Alphabetical list of drugs, medicines and other preparations free from, and containing, spirit compiled from the results of tests made by the customs houses at Calcutta, Bombay, and Madras
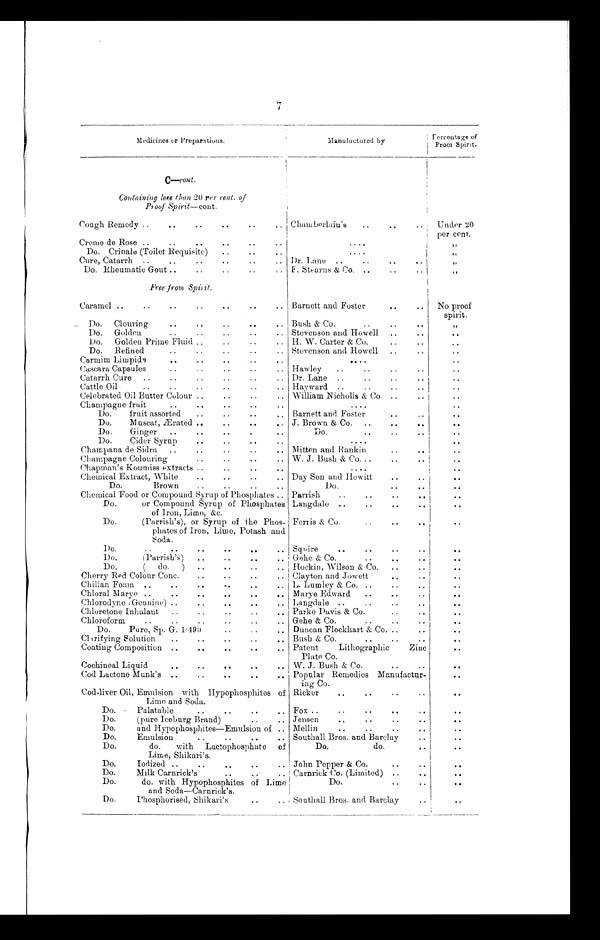
7
Medicines or Preparations.
Manufactured by
Percentage of
Proof Spirit.
C—cont.
Containing less than 20 per cent. of
Proof Spirit —cont.
Cough Remedy ..
• •
• • • • • •
Chamberlain's
..
..
Under 20
per cent.
Creme de Rose ..
..
• •
• •
. . .
,,
Do. Crinale (Toilet Requisite)
..
..
..
....
,,
Cure, Catarrh ..
..
..
..
..
Dr. Lane ..
..
,,
Do. Rheumatic Gout ..
..
..
..
.. F. Stearns & Co. ..
..
..
, ,
Free from Spirit .
Caramel ..
..
..
..
..
..
.. Barnett and Foster
..
..
No proof
spirit.
Do.
Clouring
..
..
..
..
.. Bush & Co.
..
..
. ,"
Do. Golden
..
..
..
.. Stevenson and Howell
..
. .
Do.
Golden Prime Fluid ..
..
..
.. H. W. Carter & Co.
..
..
Do.
Refined
..
..
..
..
.. Stevenson and Howell
..
..
Carmim Lim pide
..
..
..
..
..
..
Cascara Capsules
..
..
..
.. Hawley
..
..
..
..
..
Catarrh Cure
..
..
..
..
..
.. Dr. Lane ..
..
..
.. ..
Cattle Oil
..
..
..
.. ..
Hayward ..
..
..
..
..
Celebrated Oil Butter Colour ..
..
.. William Nicholls & Co. ..
..
..
Ch am p a g ne fruit
..
.. . .
. .
. .
. . .
. .
Do.
fruit assorted
..
..
..
.. Barnett and Foster
..
.. ..
Do.
Muscat, Ærated ..
..
..
.. J . Brown & Co.
..
..
..
..
Do.
Ginger
..
..
..
.. ..
Do.
..
..
..
Do.
Cider Syrup
..
..
..
..
. . . .
. .
Champana de Sidra
.. .. ..
Mitten and Rankin
..
.. ..
Champagne Colouring
..
..
.. W. J. Bush & CO. . .
.. ..
..
Chapman's Koumiss extracts ..
..
.. ..
....
.
Chemical Extract, White
..
..
.. Day Son and Hewitt
..
..
Do.
Brown
..
..
..
Do.
..
. . . .
Chemical Food or Compound Syrup of Phosphates .. Parrish
.. ..
. .
Do.
or Compound Syrup of Phosphates
of Iron, Lime, &c.
Langdale ..
..
..
..
..
Do.
(Parrish's), or Syrup of the Phos-
phates of Iron, Lime, Potash and
Soda.
Ferris & Co.
..
..
..
Do.
..
..
..
..
Squire
..
..
.. . .
. .
Do.
(Parrish's)
..
..
..
.. Gehe & Co.
..
..
Do.
(
do.
)
..
..
.. Hockin, Wilson & Co.
..
..
Cherry Red Colour Conc.
..
.. Clayton and Jowett
..
..
Chilian Foam ..
..
..
..
.. L. Lumley & Co. ..
..
..
Chloral Marye ..
..
..
..
..
M arye Edward
..
..
..
. .
Chlorodyne (Genuine) ..
..
..
.. Langdale ..
..
..
Chloretone Inhalant
..
..
.. Parke Davis & Co.
..
..
..
Chloroform
..
..
..
..
..
.. Gehe & Co.
..
..
..
Do.
Pure, Sp. G. 1•490
..
.. Duncan Flockhart & Co. ..
..
..
Clarifying Solution
..
..
..
..
.. Bush & Co.
..
..
. .
Coating Composition ..
..
..
..
.. Patent
Lithographic
Zinc
. .
Plate Co.
..
Cochineal Liquid
..
..
..
.. W. J. Bush & Co.
..
..
..
Cod Lactone Munk's ..
..
..
..
.. Popular Remedies Manufactur
-ing Co.
..
Cod-liver Oil, Emulsion with Hypophosphites o
f Lime and Soda.
Ricker.. ..
..
..
..
Do.
Palatable
..
.. . .
Fox ..
..
..
.. ..
Do.
(pure Iceburg Brand)
..
.. Jensen
.,
.. ..
..
. .
Do.
and Hypophosphites—Emulsion of .. Mellin
..
..
..
..
..
Do.
Emulsion
..
..
..
.. Southall Bros. and Barclay
..
. .
Do.
do.
with
Lactophosphate
of
Lime, Shikari's.
Do.
do.
..
. .
Do.
Iodized ..
..
..
..
.. John Pepper & Co.
..
..
. .
Do.
Milk Carnrick's
..
..
.. Carnrick Co. (Limited) ..
..
. .
Do.
do. with Hypophosphites of Lime
and Soda—Carnrick's.
Do.
..
..
. .
Do.
Phosphorised, Shikari's
..
.. Southall Bros. and Barclay
..